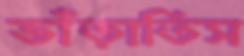
ভাঁড়াতিস